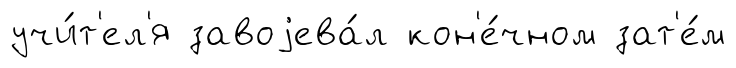
учи́т'ел'я завоjева́л кон'е́чном зат'е́м